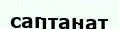
саптанат